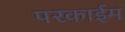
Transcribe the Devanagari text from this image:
परकाईम